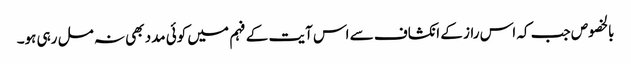
بالخصوص جب کہ اس راز کے انکشاف سے اس آیت کے فہم میں کوئی مدد بھی نہ مل رہی ہو۔